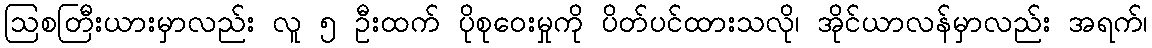
ဩစတြီးယားမှာလည်း လူ ၅ ဦးထက် ပိုစုဝေးမှုကို ပိတ်ပင်ထားသလို၊ အိုင်ယာလန်မှာလည်း အရက်၊